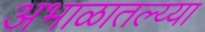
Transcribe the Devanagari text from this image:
अभाळातल्य्या